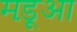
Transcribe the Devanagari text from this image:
मड़ूआ